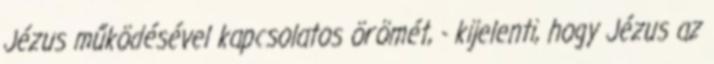
Jézus működésével kapcsolatos örömét, - kijelenti, hogy Jézus az